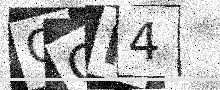
Text: QCI4